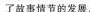
了故事情节的发展。